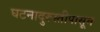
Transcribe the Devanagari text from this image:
घटनादुरुस्तीपासून